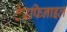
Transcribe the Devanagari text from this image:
टेरफिनाइल